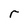
Character: r